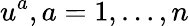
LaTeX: u^{a},a=1,\ldots,n